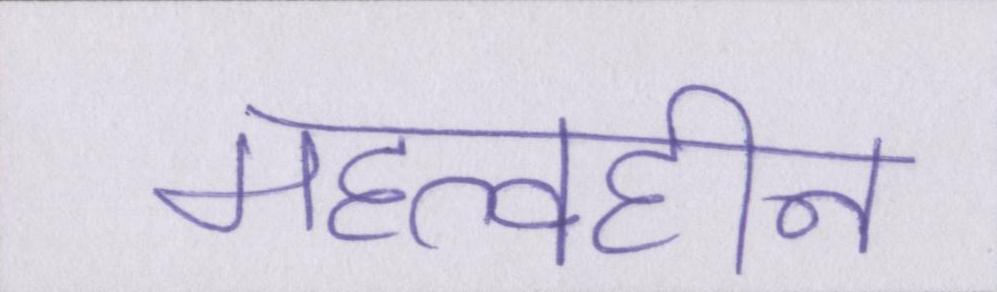
महत्वहीन